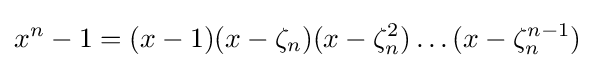
x^{n}-1=(x-1)(x-\zeta _{n})(x-\zeta _{n}^{2})\dots (x-\zeta _{n}^{n-1})